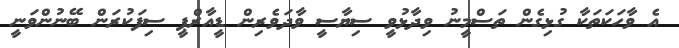
އެ ވާހަކަތަކާ ގުޅިގެން ތަސްމީނު ވިދާޅުވީ ސިޔާސީ ވާދަވެރިން ޑީއާރްޕީ ސިފަކުރަން ބޭނުންވަނީ